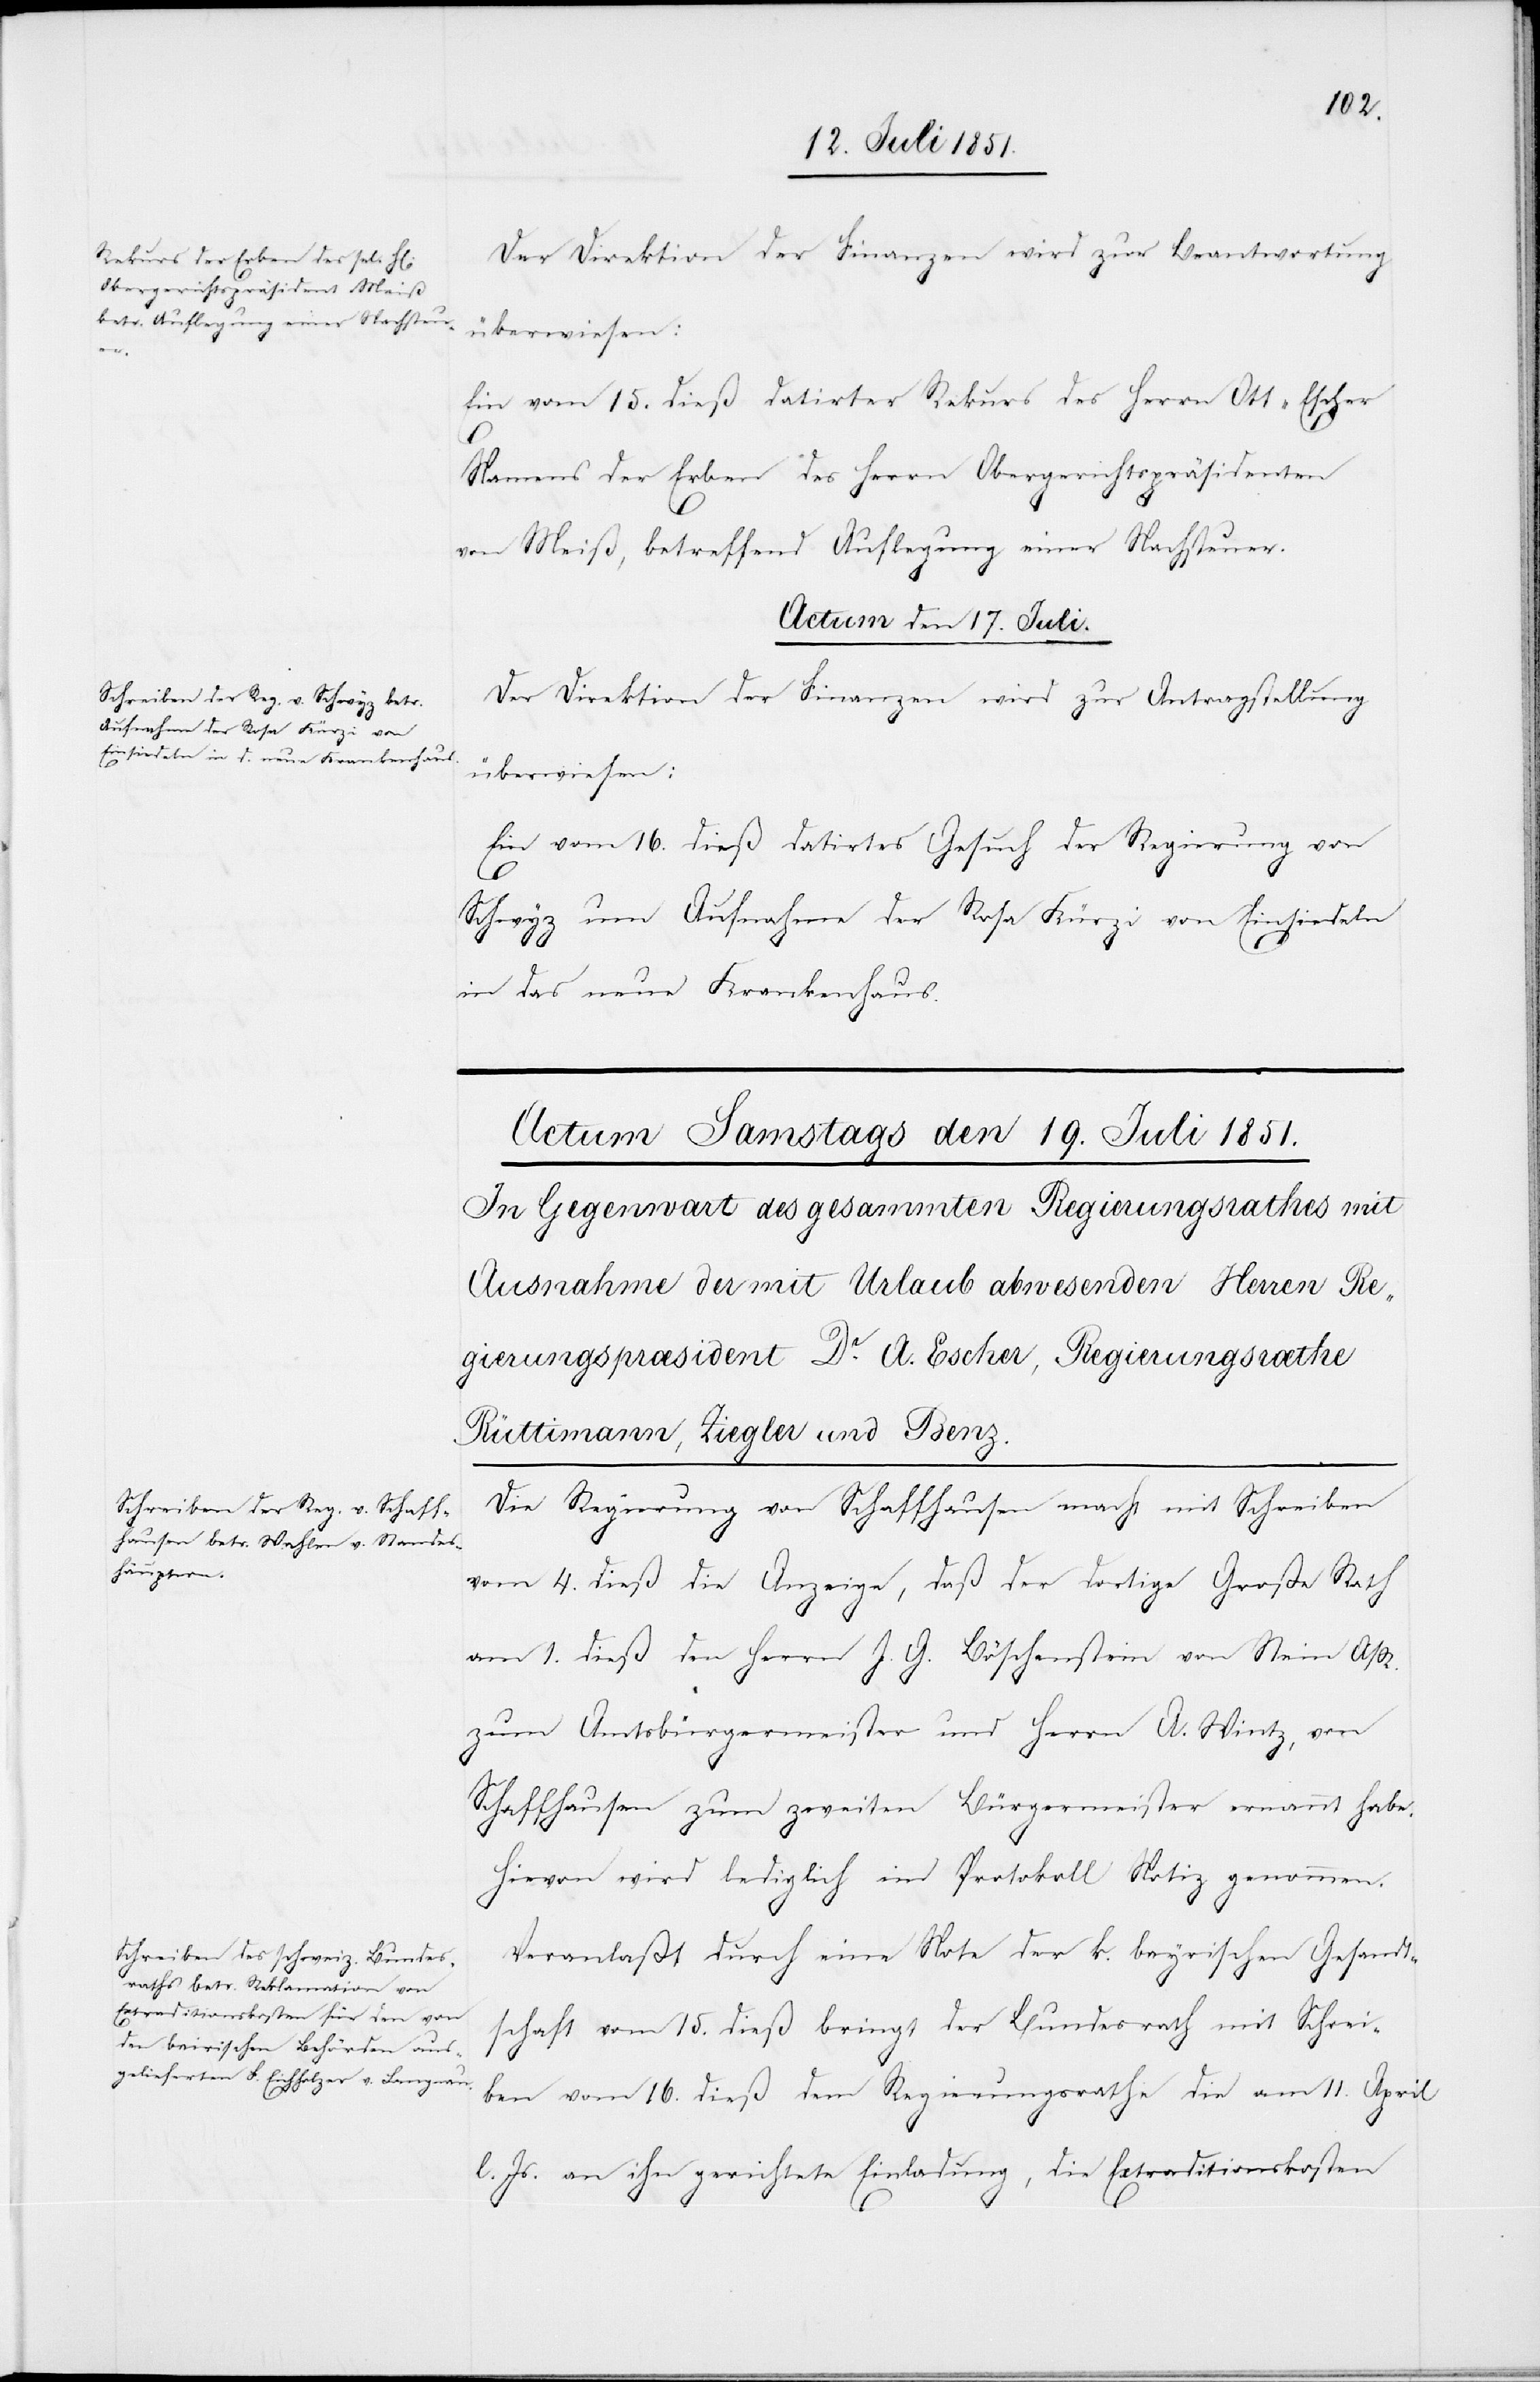
Der Direktion der Finanzen wird zur Beantwortung
überwiesen:
Ein vom 15. dieß datirter Rekurs des Herrn Ott-Escher
Namens der Erben des Herrn Obergerichtspräsidenten
von Meiß, betreffend Auflegung einer Nachsteuer.
Actum den 17. Juli.
Der Direktion der Finanzen wird zur Antragstellung
überwiesen:
Ein vom 16. dieß datirtes Gesuch der Regierung von
Schwyz um Aufnahme der Rosa Kürzi von Einsiedeln
in das neue Krankenhaus.
Die Regierung von Schaffhausen macht mit Schreiben
vom 4. dieß die Anzeige, daß der dortige Große Rath
am 1. dieß den Herrn J. G. Böschenstein von Stein A/R.
zum Amtsbürgermeister und Herrn A. Wintz, von
Schaffhausen zum zweiten Bürgermeister ernannt habe.
Hievon wird lediglich im Protokoll Notiz genommen.
Veranlaßt durch eine Note der k. bayrischen Gesandt¬
schaft vom 15. dieß bringt der Bundesrath mit Schrei¬
ben vom 16. dieß dem Regierungsrathe die am 11. April
l. Js. an ihn gerichtete Einladung, die Extraditionskosten